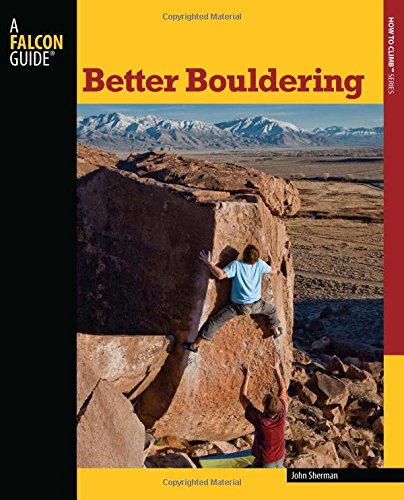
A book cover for Better Bouldering (How To Climb Series); John Sherman; Sports & Outdoors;